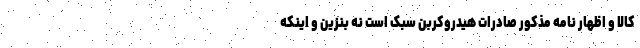
کالا و اظهار نامه مذکور صادرات هیدروکربن سبک است نه بنزین و اینکه